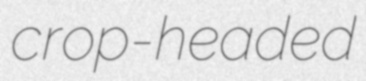
crop-headed